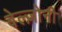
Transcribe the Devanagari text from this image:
बेल्ज़ोनी